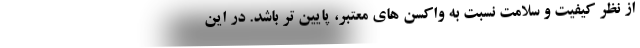
از نظر کیفیت و سلامت نسبت به واکسن های معتبر، پایین تر باشد. در این